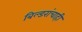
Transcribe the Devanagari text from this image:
बिल्डरांचाही